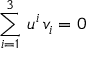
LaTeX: \sum _ { i = 1 } ^ { 3 } \, u ^ { i } \, v _ { i } = 0